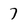
Character: 7